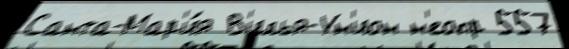
Санта-Мар'и́я В'илья-Ун'ион н'еопр 557